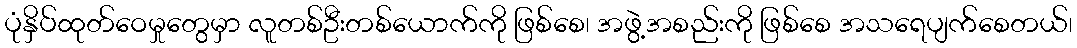
ပုံနှိပ်ထုတ်ဝေမှုတွေမှာ လူတစ်ဦးတစ်ယောက်ကို ဖြစ်စေ၊ အဖွဲ့အစည်းကို ဖြစ်စေ အသရေပျက်စေတယ်၊